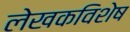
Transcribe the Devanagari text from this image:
लेखकविशेष